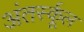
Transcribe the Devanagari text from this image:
अंतर्स्कूल